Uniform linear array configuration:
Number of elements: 8
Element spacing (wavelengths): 0.5
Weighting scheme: blackman
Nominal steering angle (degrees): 0
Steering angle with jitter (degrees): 0.7884
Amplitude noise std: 0.05
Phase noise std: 0.05

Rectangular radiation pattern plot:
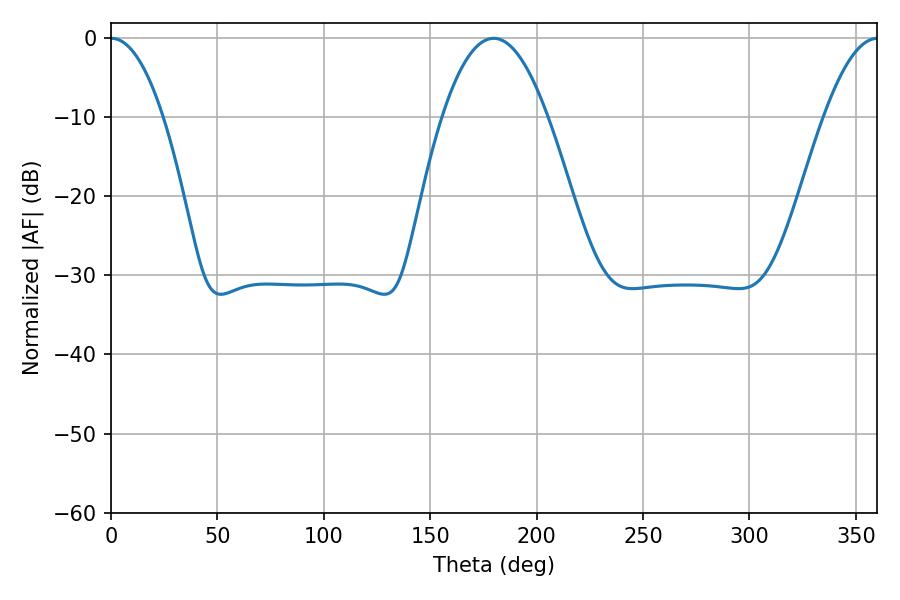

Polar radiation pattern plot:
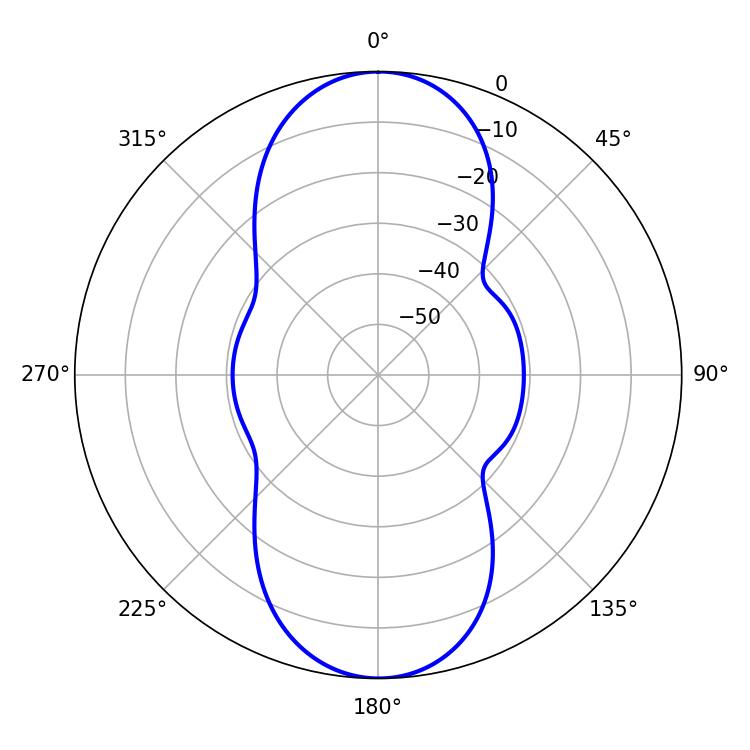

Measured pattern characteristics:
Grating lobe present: FALSE
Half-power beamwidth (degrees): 27.18
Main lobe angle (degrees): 179.82